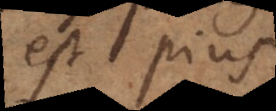
est pius